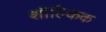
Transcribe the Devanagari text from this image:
शौल्किक